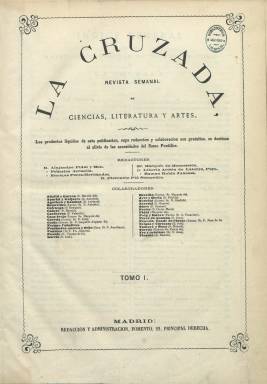
Título: La Cruzada (Madrid)
Colección: Cultura
Ámbito geográfico: Madrid
Lugar de publicación: Madrid
Fechas: 03/03/1867-23/10/1869

Con el subtítulo “revista semanal de ciencias, literatura y artes” aparece al final del reinado isabelino, fundada por un grupo de universitarios neocatólicos a cuyo frente se encontraba un entonces joven de apenas veinte años que durante la Restauración será uno de los principales dirigentes católico-vaticanistas del canovismo, Alejandro Pidal y Mon (1846-1913), que en 1874 fundará también La España católica. Publica su primer número el tres de marzo de 1867, cuando ya se editaban en Madrid por parte de los neocatólicos los diarios El Pensamiento español y La Lealtad, mientras que los carlistas tenían La Regeneración y La Esperanza, así como la revista quincenal La Cruz.

Nació para "combatir la introducción de la ideología revolucionaria en la Universidad" y servirá también para recaudar limosnas para la obra pía del Dinero de San Pedro, indicando que “los productos líquidos de esta publicación, cuya redacción y colaboración son gratuitas, se destinan al alivio de las necesidades del Sumo Pontífice”, haciendo profesión de fe a favor de Pío IX, como “Papa rey”. Al expresar su programa comenzará diciendo: “Defender el catolicismo en la ciencia y el arte, atacar el racionalismo, sustentar la esplendente doctrina católica enseñada por la Iglesia: tal es el fin teórico de nuestra publicación”.

La revista contará con un cuadro media docena de redactores y una treintena de colaboradores. Entre los primeros están Enrique Pérez-Hernández, el marqués de Monesterio (José María Martorell y Fivaller), Florencio Plá Sampedro o el presbítero Liborio Acosta de Latorre, y entre los segundos, los marqueses de Heredia, Casa-Irujo y de Pidal o los condes de Toreno o de Cheste (Juan de la Pezuela), así como Carlos María Perier, Antonio Aparisi y Guijarro, Aureliano Fernández-Guerra y Orbe, José Selgas y Carrasco, Manuel Tamayo y Baus, Juan Pérez de Guzmán, Leopoldo Augusto de Cueto, Enrique Aguilera Gamboa, Plácido Jove y Hevia, Antonio Benavides, Valentín Carderera, Manuel Cañete, fray Joaquín Fonseca o Cándido y Ramón Nocedal, entre otros. Aparece como administrador-secretario Luciano Acosta.

Sus entregas son de ocho páginas, compuestas a dos columnas, que fueron impresas por R. Vicente y después por M. Rivadeneyra. Con paginación continuada anual, su colección la integran tres tomos, contando cada uno con un índice general de materias. Al comienzo de cada entrega inserta un sumario y en su cabecera un gran grabado, en cuyo interior aparecen reseñados los siglos XI y XIX.

Publica numerosos artículos doctrinales y críticos sobre religión, cristianismo, protestantismo, política, filosofía, historia, arte, literatura, educación, archivística, periodismo o sobre la mujer, entre otros, así como cartas y pastorales de prelados, manifiestos o discursos. También noticias e informaciones sobre actualidad, especialmente la relacionada con el movimiento neocatólico o la convocatoria del Concilio Ecuménico, dejando principalmente los textos de creación literaria para las composiciones poéticas, muchas de ellas de carácter religioso, aunque publica también cuentos y otras narraciones.

Vicente de la Fuente y Bueno publica una serie de artículos sobre la expulsión de los jesuitas en España, al cumplirse su centenario, entrando en dura controversia con A. Ferrer del Río, que había publicado en 1856 su Historia del reinado de Carlos III, quien le contestará con otra serie de artículos publicados en La Esperanza. También inserta juicios críticos, como el que publica F. Javier Simonet sobre Historia de los musulmanes en España, de R. Dozy.

Al anunciar su desaparición, por motivos económicos, en su entrega número 314 y última, del 23 de octubre de 1869, indica que la revista La Cruz, dirigida por León Carbonero y Sol, se hará cargo de sus suscripciones.